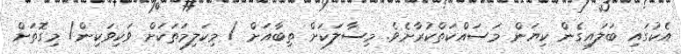
އެކުގައި ބަލައިގެން ކިޔަން މަސައްކަތްކުރާށެވެ. މިސާލަކަށް ތިބާއަށް / މިކަލިމަތަކަށް ވަކިވަކިން/ މިގޮތަށް